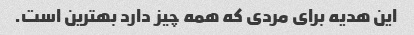
این هدیه برای مردی که همه چیز دارد بهترین است.